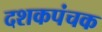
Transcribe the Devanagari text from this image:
दशकपंचक